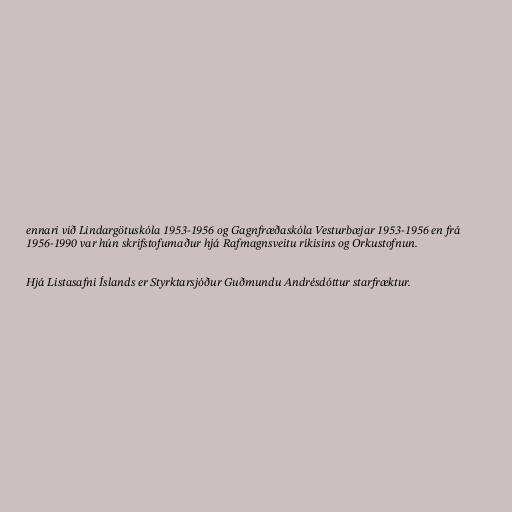
ennari við Lindargötuskóla 1953-1956 og Gagnfræðaskóla Vesturbæjar 1953-1956 en frá
1956-1990 var hún skrifstofumaður hjá Rafmagnsveitu ríkisins og Orkustofnun.

Hjá Listasafni Íslands er Styrktarsjóður Guðmundu Andrésdóttur starfræktur.